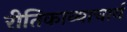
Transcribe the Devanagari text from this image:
रीतिकाव्याचार्य